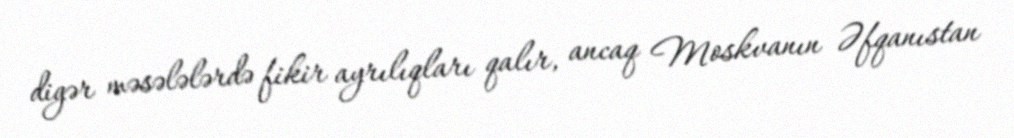
digər məsələlərdə fikir ayrılıqları qalır, ancaq Moskvanın Əfqanıstan